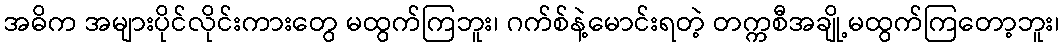
အဓိက အများပိုင်လိုင်းကားတွေ မထွက်ကြဘူး၊ ဂက်စ်နဲ့မောင်းရတဲ့ တက္ကစီအချို့မထွက်ကြတော့ဘူး၊